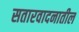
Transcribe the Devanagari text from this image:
सतारवादनातील